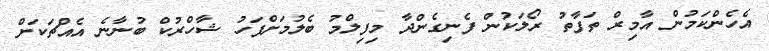
އެހެންކަމުން އާމިރް ތަފާތު ރޯލަކުން ފެނިގެންދާ މިފިލްމު ބެލުމަށްފަހު ޝާހްރުކް ބުނާނެ އެއްޗަކަށް